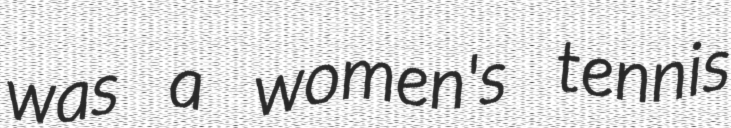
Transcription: was a women's tennis